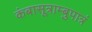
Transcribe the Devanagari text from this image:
कंबासूत्राम्बुपात्रं